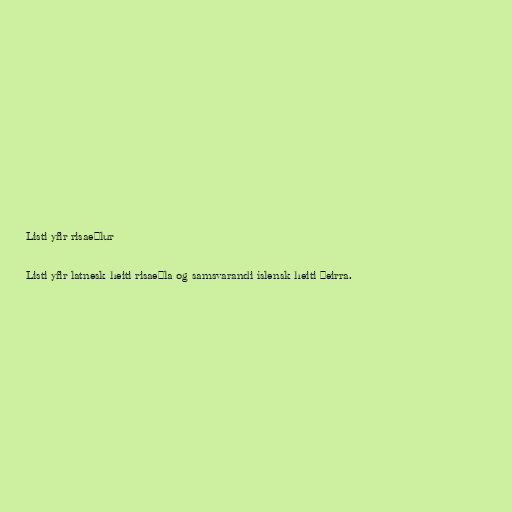
Listi yfir risaeðlur

Listi yfir latnesk heiti risaeðla og samsvarandi íslensk heiti þeirra.